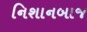
નિશાનબાજ